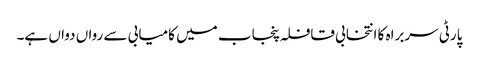
پارٹی سربراہ کا انتخابی قافلہ پنجاب میں کامیابی سے رواں دواں ہے۔